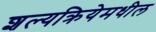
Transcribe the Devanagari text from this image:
शल्यक्रियेमधील